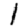
Digit: 1